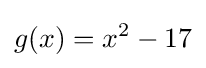
g(x)=x^{2}-17